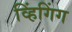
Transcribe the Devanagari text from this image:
व्हिंगिंग